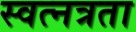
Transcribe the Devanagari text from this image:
स्वत्नत्रता